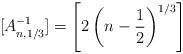
LaTeX: \begin{gather*}[A^{-1}_{n, 1/3}] = \left[2\left(n-\frac{1}{2}\right)^{1/3}\right]\end{gather*}